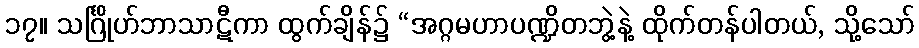
၁၇။ သင်္ဂြိုဟ်ဘာသာဋီကာ ထွက်ချိန်၌ “အဂ္ဂမဟာပဏ္ဍိတဘွဲ့နဲ့ ထိုက်တန်ပါတယ်, သို့သော်